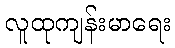
လူထုကျန်းမာရေး